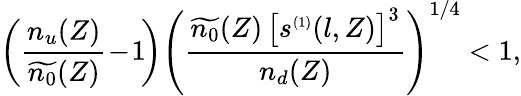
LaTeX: \left(\frac{n_{u}(Z)}{\widetilde{n_{0}}(Z)}\! -\! 1\! \right)\left(\frac{\widetilde{n_{0}}(Z)\, \big[s^{{\scriptscriptstyle(1)}}(l,Z)\big]^{3}}{n_{d}(Z)}\right)^{1/4}<1,